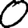
Digit: 0